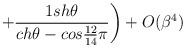
LaTeX: \begin{align*}\left. + \frac{1 sh\theta}{ch\theta-cos\frac{12}{14}\pi} \right) + O(\beta^4)\hspace{3.7cm}\end{align*}